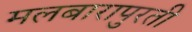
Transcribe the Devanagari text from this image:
मलबारापुरती